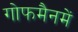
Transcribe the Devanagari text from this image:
गोफमैनमें